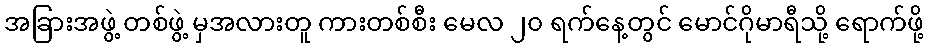
အခြားအဖွဲ့ တစ်ဖွဲ့ မှအလားတူ ကားတစ်စီး မေလ ၂၀ ရက်နေ့တွင် မောင်ဂိုမာရီသို့ ရောက်ဖို့